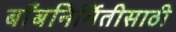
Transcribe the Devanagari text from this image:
बाँबनिर्मितीसाठी